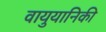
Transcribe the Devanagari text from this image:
वायुयानिकी